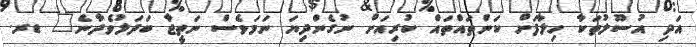
އަދި އުސޫލުތަކާ ހިލާފަށް ކަންތައްތައް ކުރިއަށް ނުގެންދިޔަ ނަމަވެސް ނަތީޖާ ބަދަލުވެދާނެ" ޑރ.